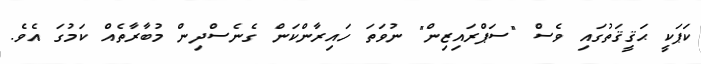
ކަޕަކީ ޙަޤީޤަތުގައި ވެސް "ސަޕްރައިޒިން" ނުވަތަ ހައިރާންކަން ގެނެސްދިން މުބާރާތެއް ކަމުގަ އެވެ.